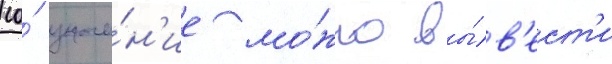
ео́ значе́н'ие мо́жно вы́в'ест'и